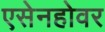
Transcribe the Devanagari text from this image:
एसेनहोवर